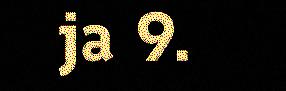
ja 9.